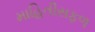
માહિતીસફળ